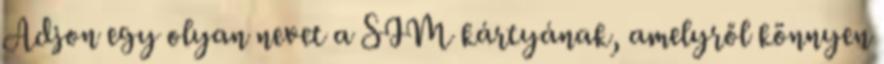
Adjon egy olyan nevet a SIM kártyának, amelyről könnyen